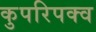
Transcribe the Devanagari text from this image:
कुपरिपक्व